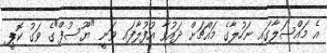
އެ މައްސަލާގަައި ނަހުލާގެ މައްޗަށް ދައުވާ އުފުލާފައި ވަނީ "ޔޫސުފް"ގެ ވަގު ކޮޕީ